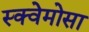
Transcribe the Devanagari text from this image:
स्क्वेमोसा